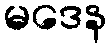
မဒေန